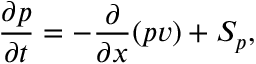
\frac { \partial p } { \partial t } = - \frac { \partial } { \partial x } ( p v ) + S _ { p } ,